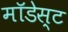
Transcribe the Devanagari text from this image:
मॉडेस्ट